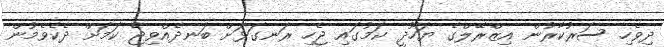
ދިވެހި ސަރުކާރުން އިޒްރޭލްގެ ޔަހޫދީ ކަމުގައި ޖެހި ރަނގަޅަށް ބަނދެއްވިޖެ ކަމަށް ދެކެވެމުން